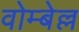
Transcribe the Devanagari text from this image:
वोम्बेल्ल